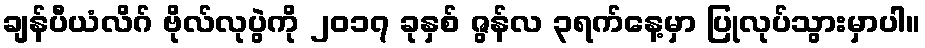
ချန်ပီယံလိဂ် ဗိုလ်လုပွဲကို ၂၀၁၇ ခုနှစ် ဇွန်လ ၃ရက်နေ့မှာ ပြုလုပ်သွားမှာပါ။